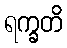
ရက္ခတိ